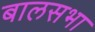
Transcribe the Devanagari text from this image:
बालसभा